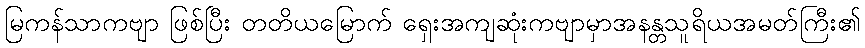
မြကန်သာကဗျာ ဖြစ်ပြီး တတိယမြောက် ရှေးအကျဆုံးကဗျာမှာအနန္တသူရိယအမတ်ကြီး၏